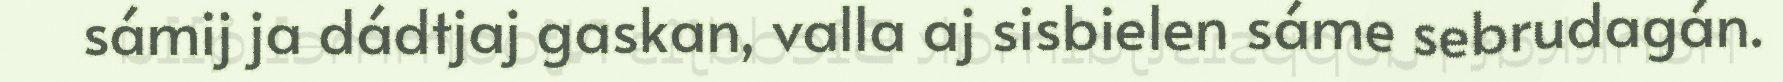
sámij ja dádtjaj gaskan, valla aj sisbielen sáme sebrudagán.